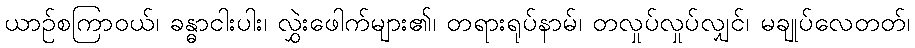
ယာဉ်စကြာဝယ်၊ ခန္ဓာငါးပါး၊ လွှဲးဖေါက်များ၏၊ တရားရုပ်နာမ်၊ တလှုပ်လှုပ်လျှင်၊ မချုပ်လေတတ်၊